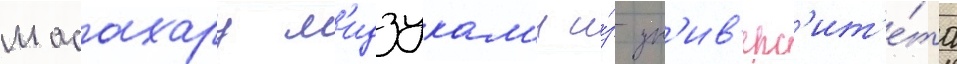
масахару м'идзукам'и и́з ун'ив'ерс'ит'е́та